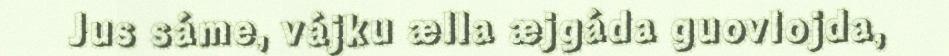
Jus sáme, vájku ælla æjgáda guovlojda,